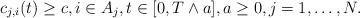
LaTeX: \begin{align*}c_{j,i}(t)\ge c,i\in A_j,t\in [0,T\wedge a],a\ge0,j=1,\dots,N.\end{align*}